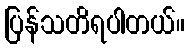
ပြန်သတိရပါတယ်။